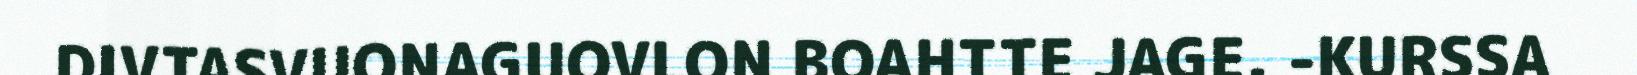
DIVTASVUONAGUOVLON BOAHTTE JAGE. -KURSSA